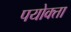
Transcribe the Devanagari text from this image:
पयोक्ता